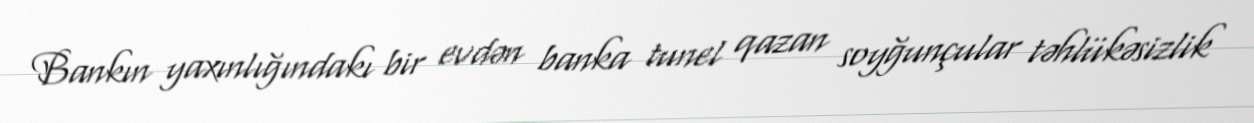
Bankın yaxınlığındakı bir evdən banka tunel qazan soyğunçular təhlükəsizlik